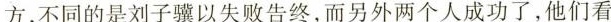
方，不同的是刘子骥以失败告终，而另外两个人成功了，他们看